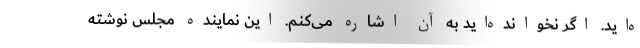
ه‌اید. اگر نخوانده‌اید به آن اشاره می‌کنم. این نماینده مجلس نوشته